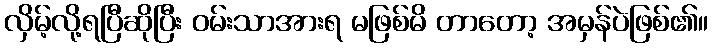
လှိမ့်လို့ရပြီဆိုပြီး ဝမ်းသာအားရ မဖြစ်မိ တာတော့ အမှန်ပဲဖြစ်၏။